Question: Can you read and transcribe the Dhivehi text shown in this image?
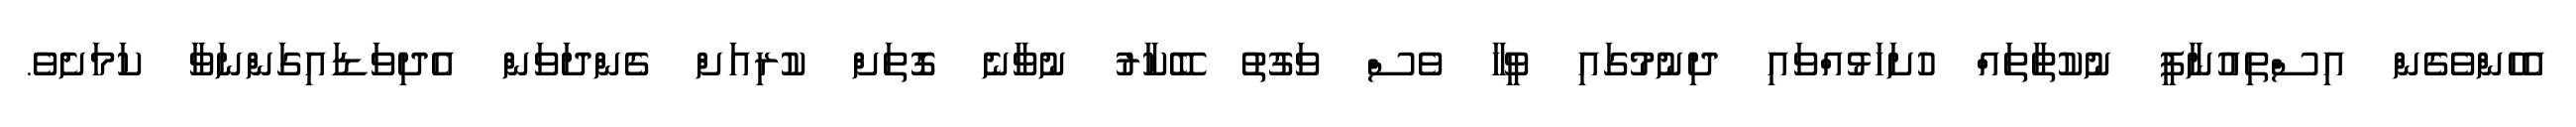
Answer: އެހެންވެގެން އިސްތިއުނާފީ ނުކުތާތައް ހުށަހަޅުއްވައި ދިނުމުގައި ވީހާ ވެސް ވަގުތު ބޭކާރު ނުވާނެ ގޮތަށް ކުރިއަށް ގެންދަވަން އެދިވަޑައިގަންނަވާ ކަމަށެވެ.